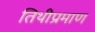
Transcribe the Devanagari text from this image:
तिथीप्रमाण